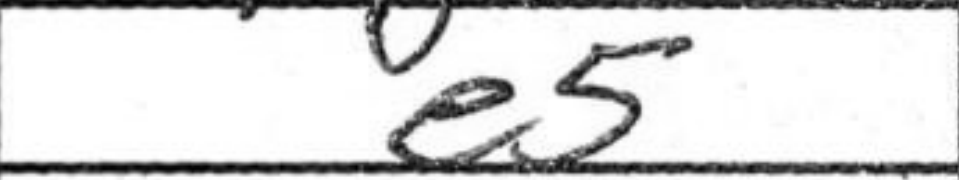
Transcription: e5